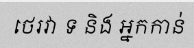
ថេរវា ទ និង អ្នកកាន់